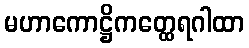
မဟာကောဋ္ဌိကတ္ထေရဂါထာ